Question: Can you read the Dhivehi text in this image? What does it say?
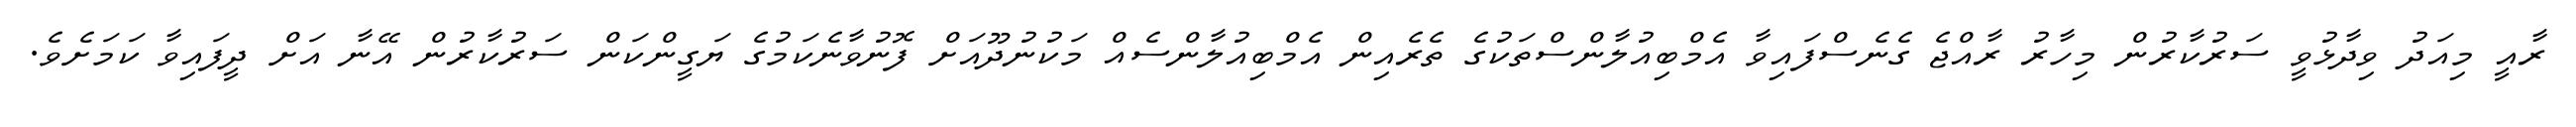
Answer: ރާއީ މިއަދު ވިދާޅުވީ ސަރުކާރުން މިހާރު ރާއްޖެ ގެނެސްފައިވާ އެމްބިއުލާންސްތަކުގެ ތެރެއިން އެމްބިއުލާންސެއް މަކުނުދޫއަށް ފޮނުވާނެކަމުގެ ޔަގީންކަން ސަރުކާރުން އޭނާ އަށް ދީފައިވާ ކަމަށެވެ.